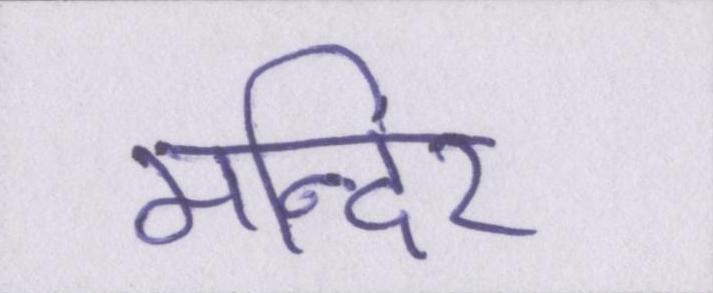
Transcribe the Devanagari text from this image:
मन्दिर